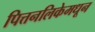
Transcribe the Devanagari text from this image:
पित्तनलिकेमधून